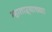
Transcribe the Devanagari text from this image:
म्हाताऱ्याच्या